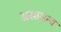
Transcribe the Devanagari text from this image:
असामन्य